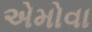
એમોવા